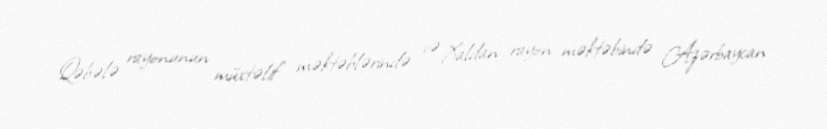
Qəbələ rayonunun müxtəlif məktəblərində və Xaldan rayon məktəbində Azərbaycan